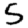
Digit: 5